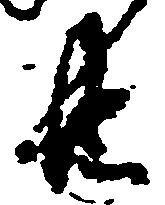
共